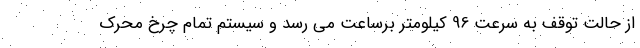
از حالت توقف به سرعت 96 کیلومتر برساعت می رسد و سیستم تمام چرخ محرک